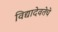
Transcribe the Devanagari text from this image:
विद्यादेवतेचे